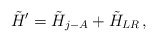
\begin{align*}\tilde{H}^{\prime}=\tilde{H}_{j-A}+\tilde{H}_{LR}\,,\end{align*}